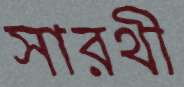
সারথী